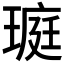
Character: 𤧻